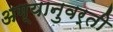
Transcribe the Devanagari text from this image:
अग्यानुवर्ती